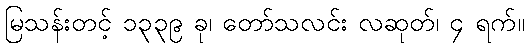
မြသန်းတင့် ၁၃၃၉ ခု၊ တော်သလင်း လဆုတ်၊ ၄ ရက်။